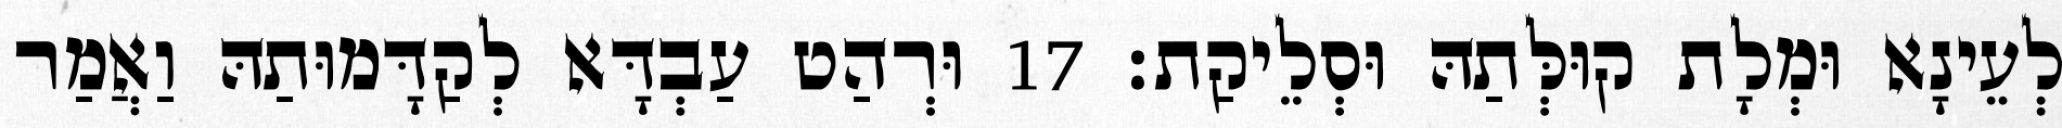
לְעֵינָא וּמְלָת קוּלְּתַהּ וּסְלֵיקַת׃ 17 וּרְהַט עַבְדָּא לְקַדָּמוּתַהּ וַאֲמַר